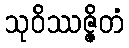
သုဝိဿဇ္ဇိတံ